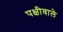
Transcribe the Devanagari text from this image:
पक्षीवाले